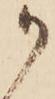
か